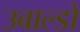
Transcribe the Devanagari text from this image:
उबाल्डो